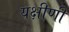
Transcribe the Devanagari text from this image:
यक्षीणी